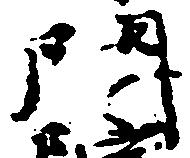
門